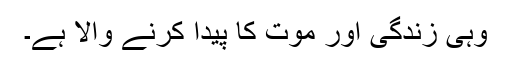
وہی زندگی اور موت کا پیدا کرنے والا ہے۔